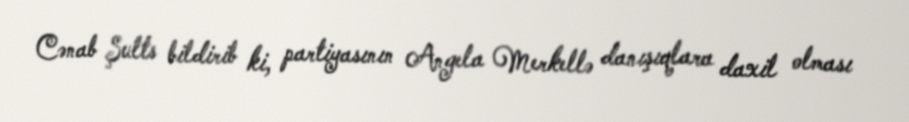
Cənab Şults bildirib ki, partiyasının Angela Merkellə danışıqlara daxil olması